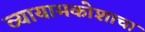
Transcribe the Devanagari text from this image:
व्यायामकोशाचा